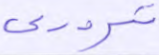
ترددي